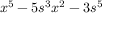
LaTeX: x ^ { 5 } - 5 s ^ { 3 } x ^ { 2 } - 3 s ^ { 5 }